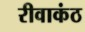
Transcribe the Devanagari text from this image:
रीवाकंठ